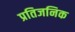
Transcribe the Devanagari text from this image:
प्रतिजनिक